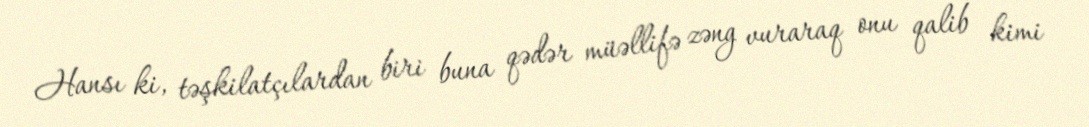
Hansı ki, təşkilatçılardan biri buna qədər müəllifə zəng vuraraq onu qalib kimi